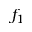
f _ { 1 }